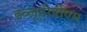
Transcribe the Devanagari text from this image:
डब्लूडीडीएम